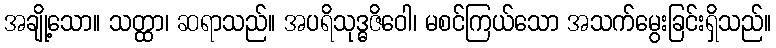
အချို့သော။ သတ္ထာ၊ ဆရာသည်။ အပရိသုဒ္ဓဇိဝေါ၊ မစင်ကြယ်သော အသက်မွေးခြင်းရှိသည်။